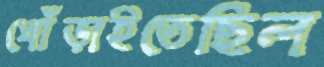
খোঁড়াইতেছিল